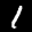
Label: 1